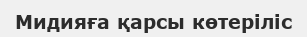
Мидияға қарсы көтеріліс